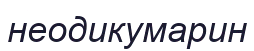
неодикумарин